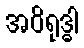
အဝိရုဒ္ဓါ